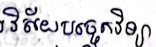
វិស័យបច្ចេកវិទ្យា